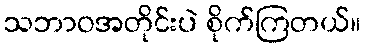
သဘာဝအတိုင်းပဲ စိုက်ကြတယ်။